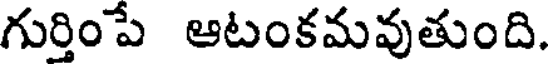
గుర్తింపే ఆటంకమవుతుంది.